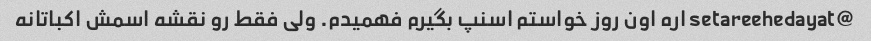
@setareehedayat اره اون روز خواستم اسنپ بگیرم فهمیدم. ولی فقط رو نقشه اسمش اکباتانه